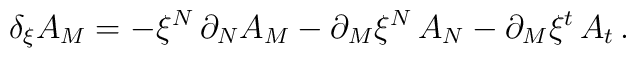
\delta_\xi A_M = - \xi^N \,\partial_N A_M - \partial_M \xi^N \,A_N    -\partial_M \xi^t \,A_t \,.